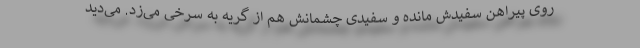
روی پیراهن سفیدش مانده و سفیدی چشمانش هم از گریه به سرخی می‌زد. می‌دید